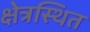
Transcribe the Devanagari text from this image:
क्षेत्रस्थित